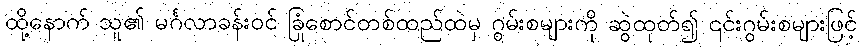
ထို့နောက် သူ၏ မင်္ဂလာခန်းဝင် ခြုံစောင်တစ်ထည်ထဲမှ ဂွမ်းစများကို ဆွဲထုတ်၍ ၎င်းဂွမ်းစများဖြင့်